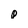
Character: p